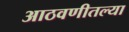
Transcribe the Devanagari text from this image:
आठवणीतल्या